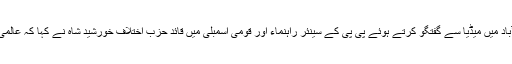
تفصیلات کے مطابق وفاقی دارالحکومت اسلام آباد میں میڈیا سے گفتگو کرتے ہوئے پی پی کے سینئر راہنماء اور قومی اسمبلی میں قائد حزب اختلاف خورشید شاہ نے کہا کہ عالمی عدالت کا فیصلہ پاکستان کیلئے بڑا دھچکا ہے۔